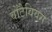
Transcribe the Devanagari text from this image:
वोंटैवियस